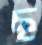
ছ